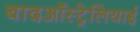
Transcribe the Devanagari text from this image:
बादऑस्ट्रेलियाई